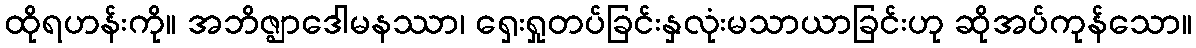
ထိုရဟန်းကို။ အဘိဇ္ဈာဒေါမနဿာ၊ ရှေးရှုတပ်ခြင်းနှလုံးမသာယာခြင်းဟု ဆိုအပ်ကုန်သော။